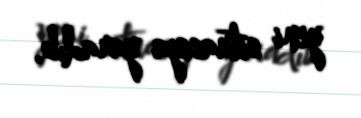
yeni situasiya yaradıb.